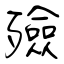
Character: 殮